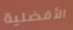
الأفضلية